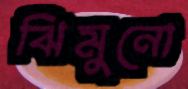
ঝিমুনো